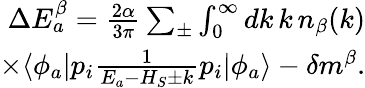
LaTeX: \begin{array}{r}{\Delta E_{a}^{\beta}=\frac{2\alpha}{3\pi}\sum_{\pm}\int_{0}^{\infty}dk\, k\, n_{\beta}(k)}\\ {\times\langle\phi_{a}|p_{i}\frac{1}{E_{a}-H_{S}\pm k}p_{i}|\phi_{a}\rangle-\delta m^{\beta}.}\end{array}